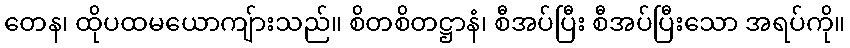
တေန၊ ထိုပထမယောကျ်ားသည်။ စိတစိတဋ္ဌာနံ၊ စီအပ်ပြီး စီအပ်ပြီးသော အရပ်ကို။